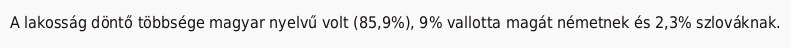
A lakosság döntő többsége magyar nyelvű volt (85,9%), 9% vallotta magát németnek és 2,3% szlováknak.